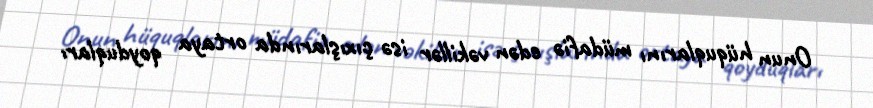
Onun hüquqlarını müdafiə edən vəkillər isə çıxışlarında ortaya qoyduqları